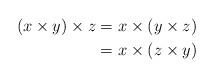
LaTeX: \begin{align*}(x \times y) \times z &= x \times (y \times z) \\&= x \times (z \times y)\end{align*}